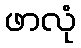
ဖာလုံ